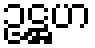
ဥဋ္ဌဟ